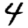
Digit: 4